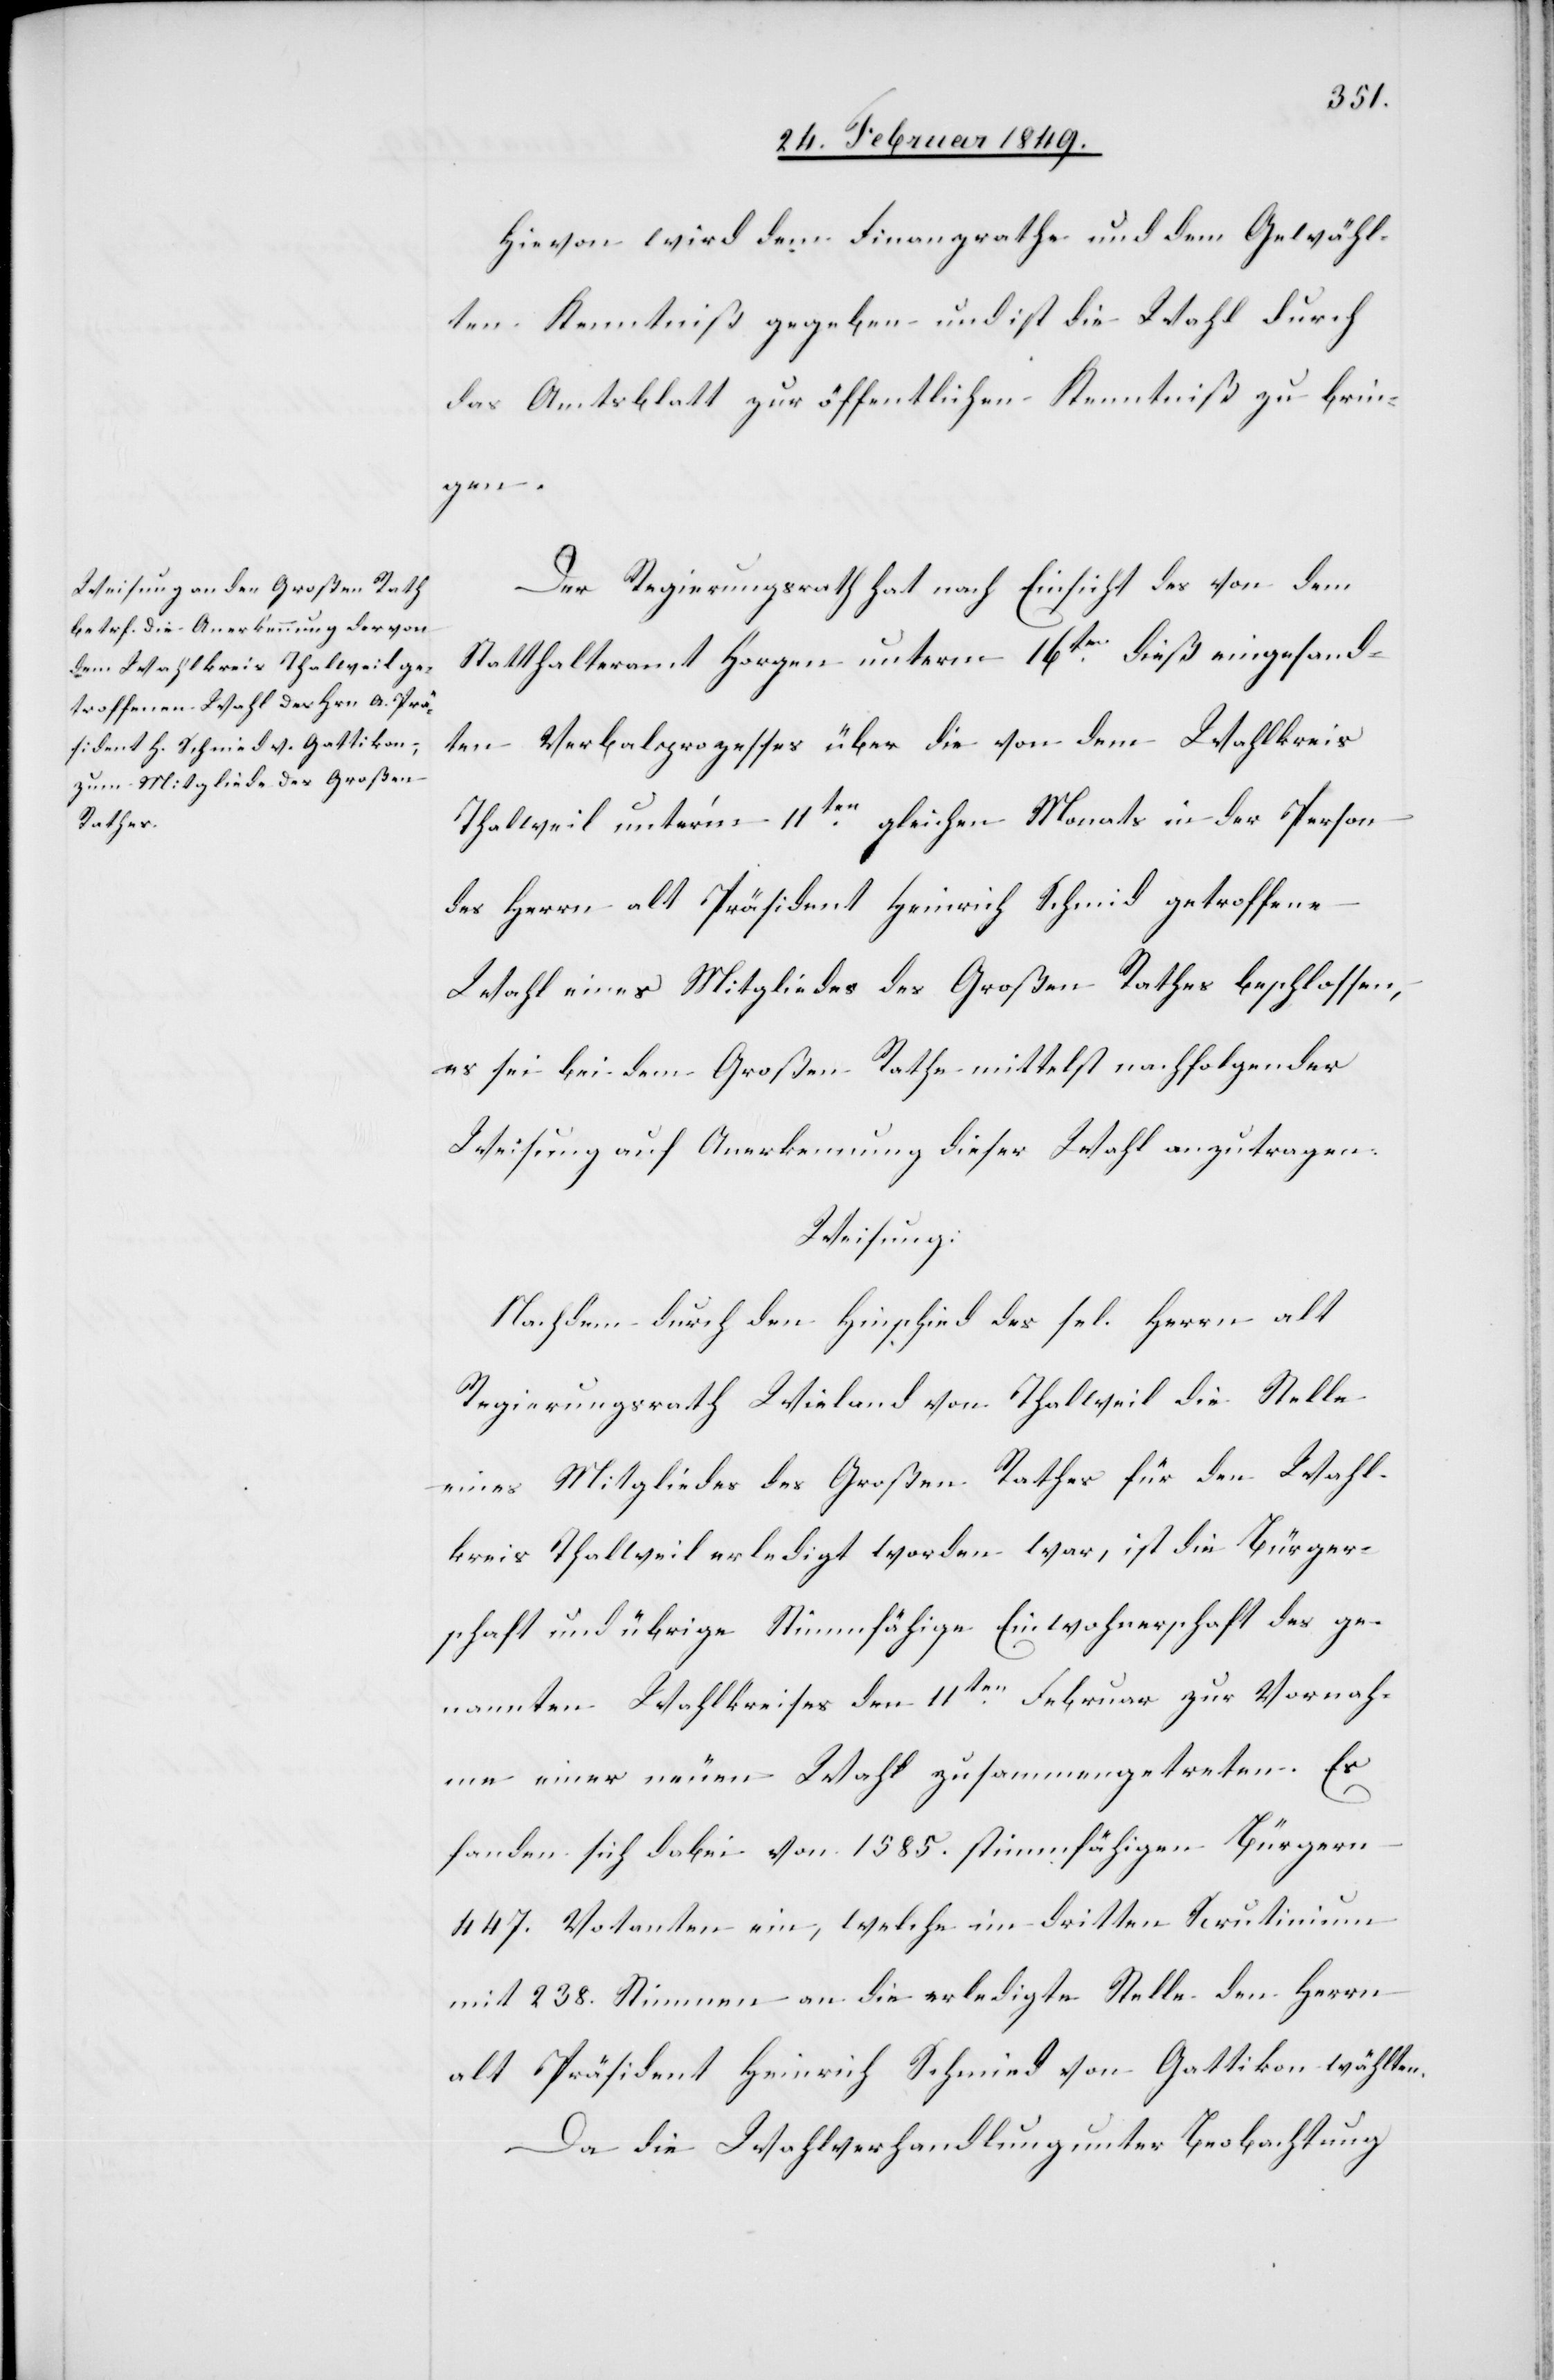
Hievon wird dem Finanzrathe und dem Gewähl¬
ten Kenntniß gegeben und ist die Wahl durch
das Amtsblatt zur öffentlichen Kenntniß zu brin¬
gen.
Der Regierungsrath hat nach Einsicht des von dem
Statthalteramt Horgen unterm 16ten. dieß eingesand¬
ten Verbalprozesses über die von dem Wahlkreis
Thalweil unter’m 11ten. gleichen Monats in der Person
des Herrn alt Präsident Heinrich Schmid getroffene
Wahl eines Mitgliedes des Großen Rathes beschlossen,
es sei bei dem Großen Rathe mittelst nachfolgender
Weisung auf Anerkennung dieser Wahl anzutragen.
Weisung:
Nachdem durch den Hinschied des sel. Herrn alt
Regierungsrath Wieland von Thalweil die Stelle
eines Mitgliedes des Großen Rathes für den Wahl¬
kreis Thalweil erledigt worden war, ist die Bürger¬
schaft und übrige Stimmfähige Einwohnerschaft des ge¬
nannten Wahlkreises den 11ten. Februar zur Vornah¬
me einer neuen Wahl zusammengetreten. Es
fanden sich dabei von 1585. stimmfähigen Bürgern
447. Votanten ein, welche im dritten Scrutinium
mit 238. Stimmen an die erledigte Stelle den Herrn
alt Präsident Heinrich Schmied von Gattikon wählten.
Da die Wahlverhandlung unter Beobachtung